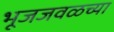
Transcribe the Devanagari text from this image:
भूजजवळच्या